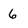
Character: 6